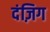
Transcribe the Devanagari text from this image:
दंज़िग